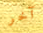
آخر